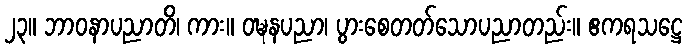
၂၃။ ဘာဝနာပညာတိ၊ ကား။ ဝဍ္ဎနပညာ၊ ပွားစေတတ်သောပညာတည်း။ ဧကရသဋ္ဌေ